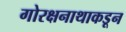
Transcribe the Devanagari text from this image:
गोरक्षनाथाकडून